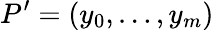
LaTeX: P^{\prime}=(y_{0},\ldots,y_{m})\,